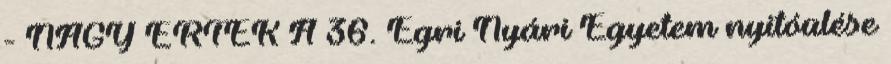
- NAGY ÉRTÉK A 36. Egri Nyári Egyetem nyitóülése